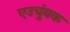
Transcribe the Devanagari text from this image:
एउचुंबक